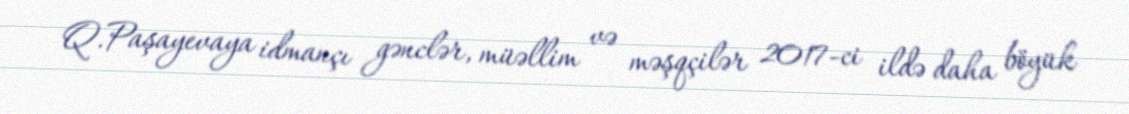
Q.Paşayevaya idmançı gənclər, müəllim və məşqçilər 2017-ci ildə daha böyük